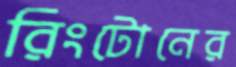
রিংটোনের